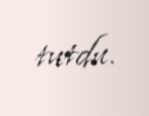
tutdu.